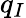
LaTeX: q_{I}